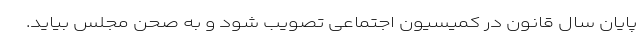
پایان سال قانون در کمیسیون اجتماعی تصویب شود و به صحن مجلس بیاید.